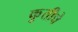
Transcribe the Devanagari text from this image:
कृुतीचे